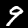
Label: 9